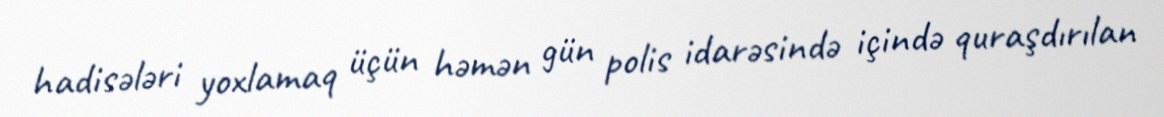
hadisələri yoxlamaq üçün həmən gün polis idarəsində içində quraşdırılan